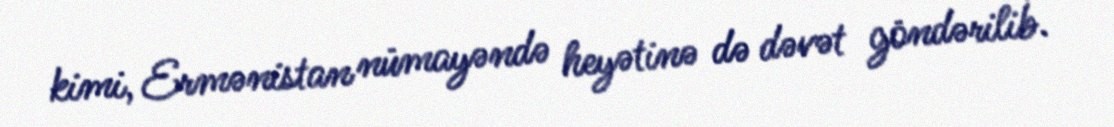
kimi, Ermənistan nümayəndə heyətinə də dəvət göndərilib.